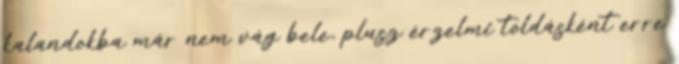
kalandokba már nem vág bele, plusz érzelmi toldásként erre